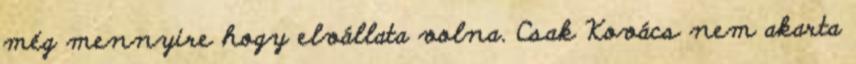
még mennyire hogy elvállata volna. Csak Kovács nem akarta